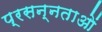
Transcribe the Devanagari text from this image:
प्रसन्नताओं